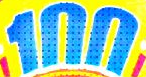
100